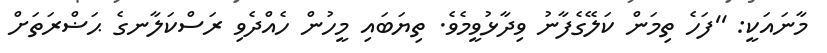
މާނައަކީ: ''ފަހެ ތިމަން ކަލޭގެފާނު ވިދާޅުވީމެވެ. ތިޔަބައި މީހުން ހެއްދެވި ރަސްކަލާނގެ ޙަޟްރަތަށް